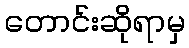
တောင်းဆိုရာမှ